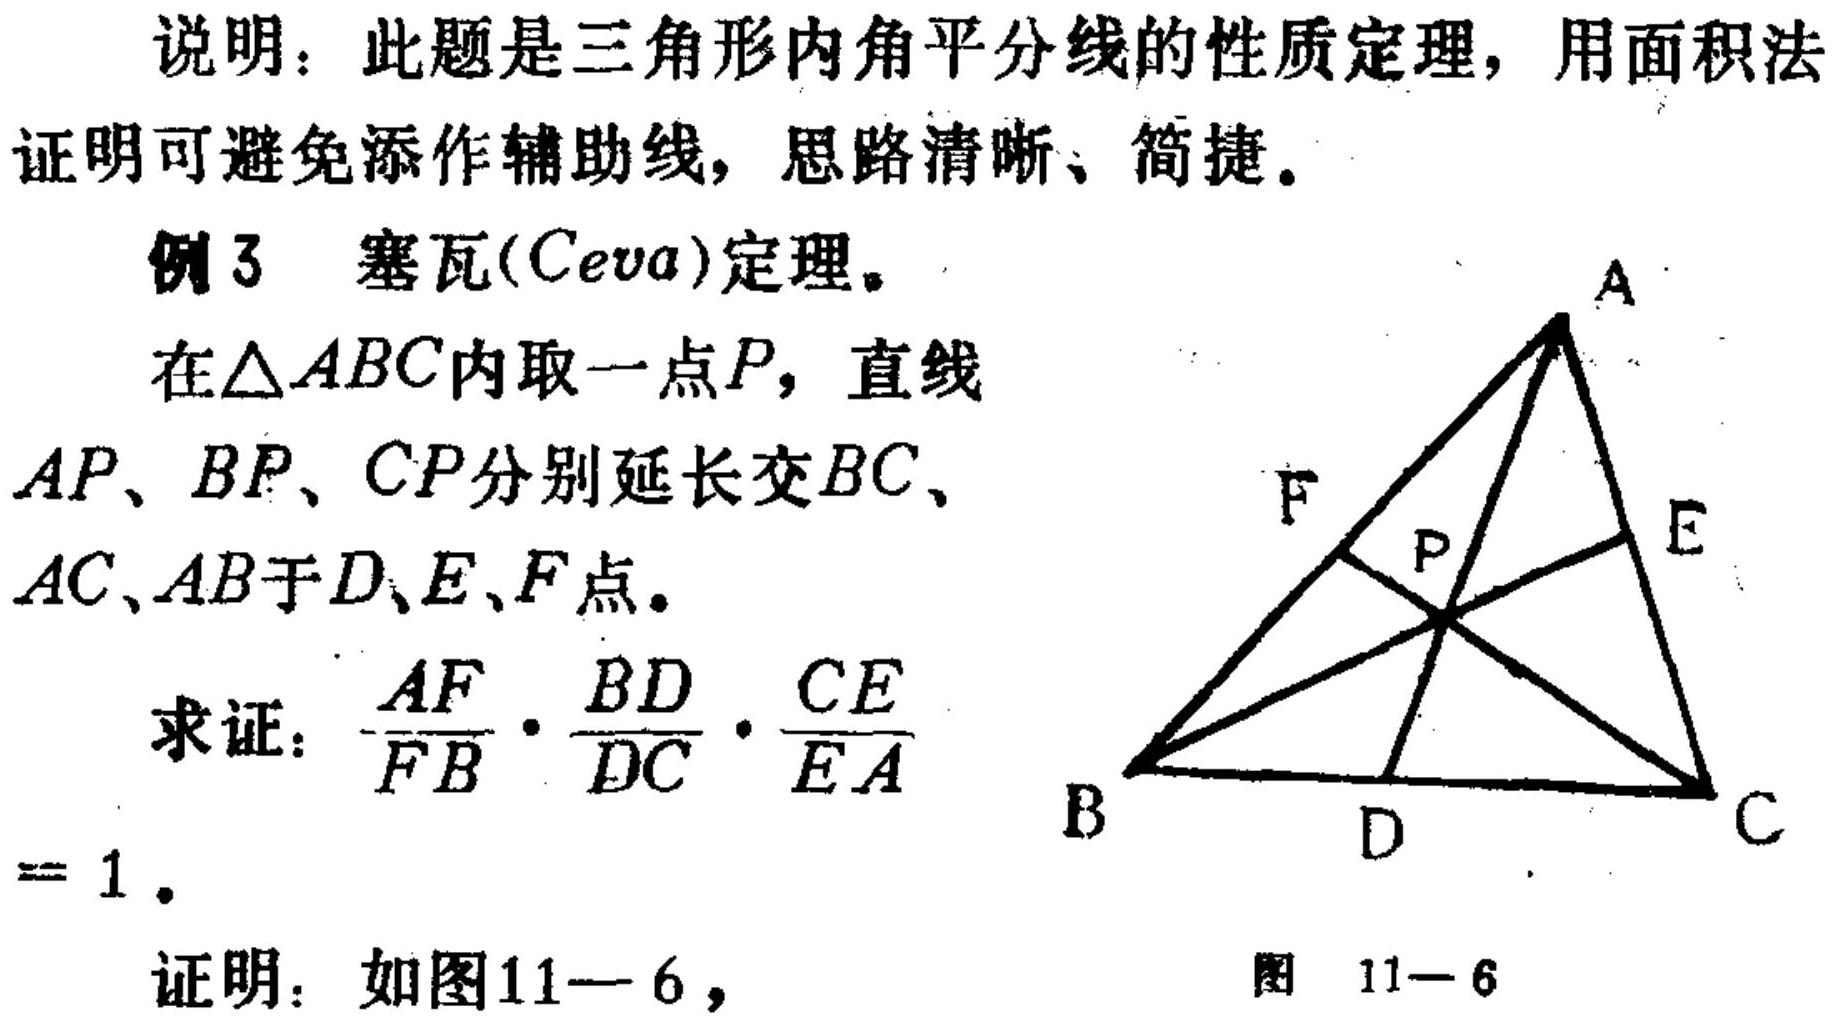
说明：此题是三角形内角平分线的性质定理，用面积法证明可避免添作辅助线，思路清晰、简捷。
例3 塞瓦(Ceva)定理。
在\(\triangle ABC\)内取一点\(P\)，直线\(AP、BP、CP\)分别延长交\(BC、AC、AB\)于\(D、E、F\)点。
求证：\(\frac{AF}{FB} \cdot \frac{BD}{DC} \cdot \frac{CE}{EA}=1\)。
证明：如图11—6，